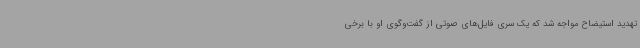
تهدید استیضاح مواجه شد که یک سری فایل‌های صوتی از گفت‌وگوی او با برخی